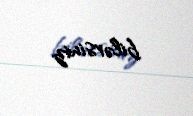
bilərsiniz.